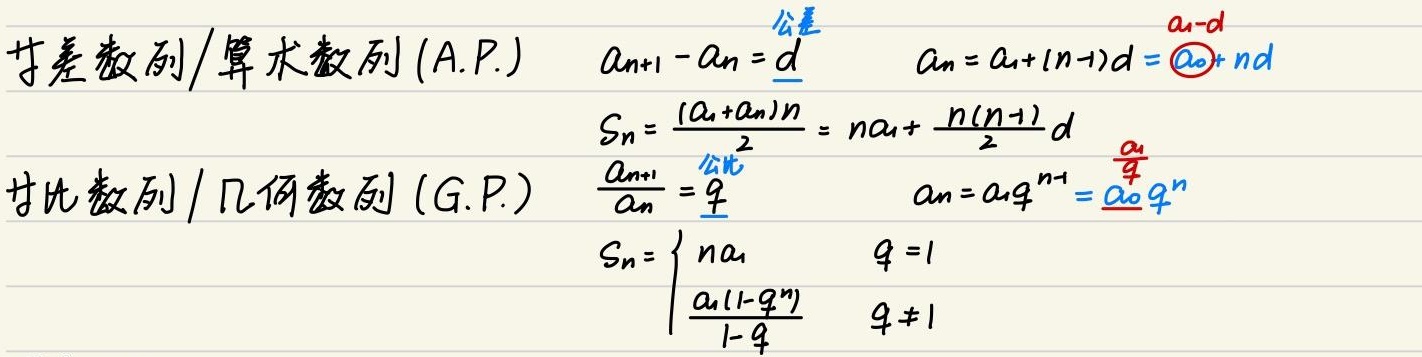
等差数列/算术数列 (A.P.)：\(a_{n + 1}-a_{n}=d\)（公差），\(a_{n}=a_{1}+(n - 1)d=\boxed{a_{0}}+nd\)（\(a_{0}=a_{1}-d\)），\(S_{n}=\frac{(a_{1}+a_{n})n}{2}=na_{1}+\frac{n(n - 1)}{2}d\)。

等比数列/几何数列 (G.P.)：\(\frac{a_{n + 1}}{a_{n}}=q\)（公比），\(a_{n}=a_{1}q^{n - 1}=\boxed{\frac{a_{1}}{q}}q^{n}\)（设\(a_{0}=\frac{a_{1}}{q}\)），\(S_{n}=\begin{cases}na_{1}&q = 1\\\frac{a_{1}(1 - q^{n})}{1 - q}&q\neq1\end{cases}\)